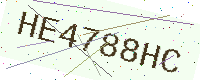
Text: HE4788HC